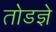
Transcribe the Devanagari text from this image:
तोडज्ञे